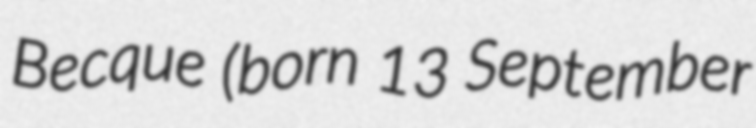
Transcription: Becque (born 13 September